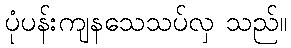
ပုံပန်းကျနသေသပ်လှ သည်။